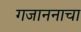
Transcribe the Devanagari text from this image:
गजाननाचा